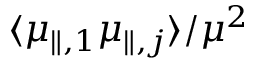
\langle \mu _ { \parallel , 1 } \mu _ { \parallel , j } \rangle / \mu ^ { 2 }